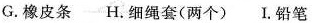
G.橡皮条 H.细绳套(两个) I.铅笔